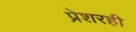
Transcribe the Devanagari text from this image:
प्रेशरही